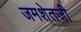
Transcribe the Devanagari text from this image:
जमशेतजी